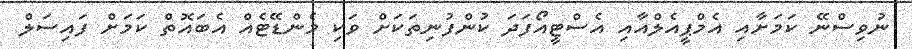
ނުވިސްނޭ ކަމަށާއި އެމްޕީއެލްއާއި އެސްޓީއޯފަދަ ކުންފުނިތަކަށް ވަކި މެންޑޭޓެއް އެބައޮތް ކަމަށް ފައިސަލް